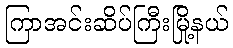
ကြာအင်းဆိပ်ကြီးမြို့နယ်